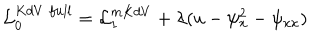
{ \cal L } _ { 0 } ^ { K d V \; f u l l } = { \cal L } _ { 1 } ^ { m K d V } + \lambda ( u - \psi _ { x } ^ { 2 } - \psi _ { x x } )